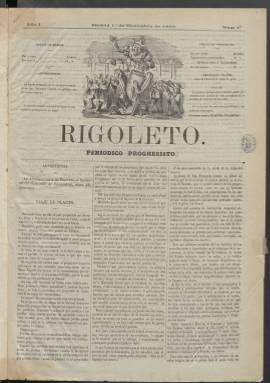
Título: Rigoleto (Madrid)
Colección: Periódicos || Revistas satíricas y humorísticas || Carlismo
Ámbito geográfico: Madrid
Lugar de publicación: Madrid
Fechas: 01/12/1869-09/08/1890